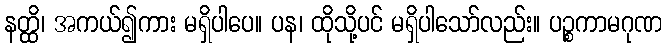
နတ္ထိ၊ အကယ်၍ကား မရှိပါပေ။ ပန၊ ထိုသို့ပင် မရှိပါသော်လည်း။ ပဉ္စကာမဂုဏ